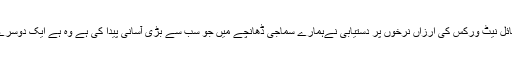
انٹرنیٹ اور مختلف موبائل نیٹ ورکس کی ارزاں نرخوں پر دستیابی نےہمارے سماجی ڈھانچے میں جو سب سے بڑی آسانی پیدا کی ہے وہ ہے ایک دوسرے سےرابطے میں رہنا۔